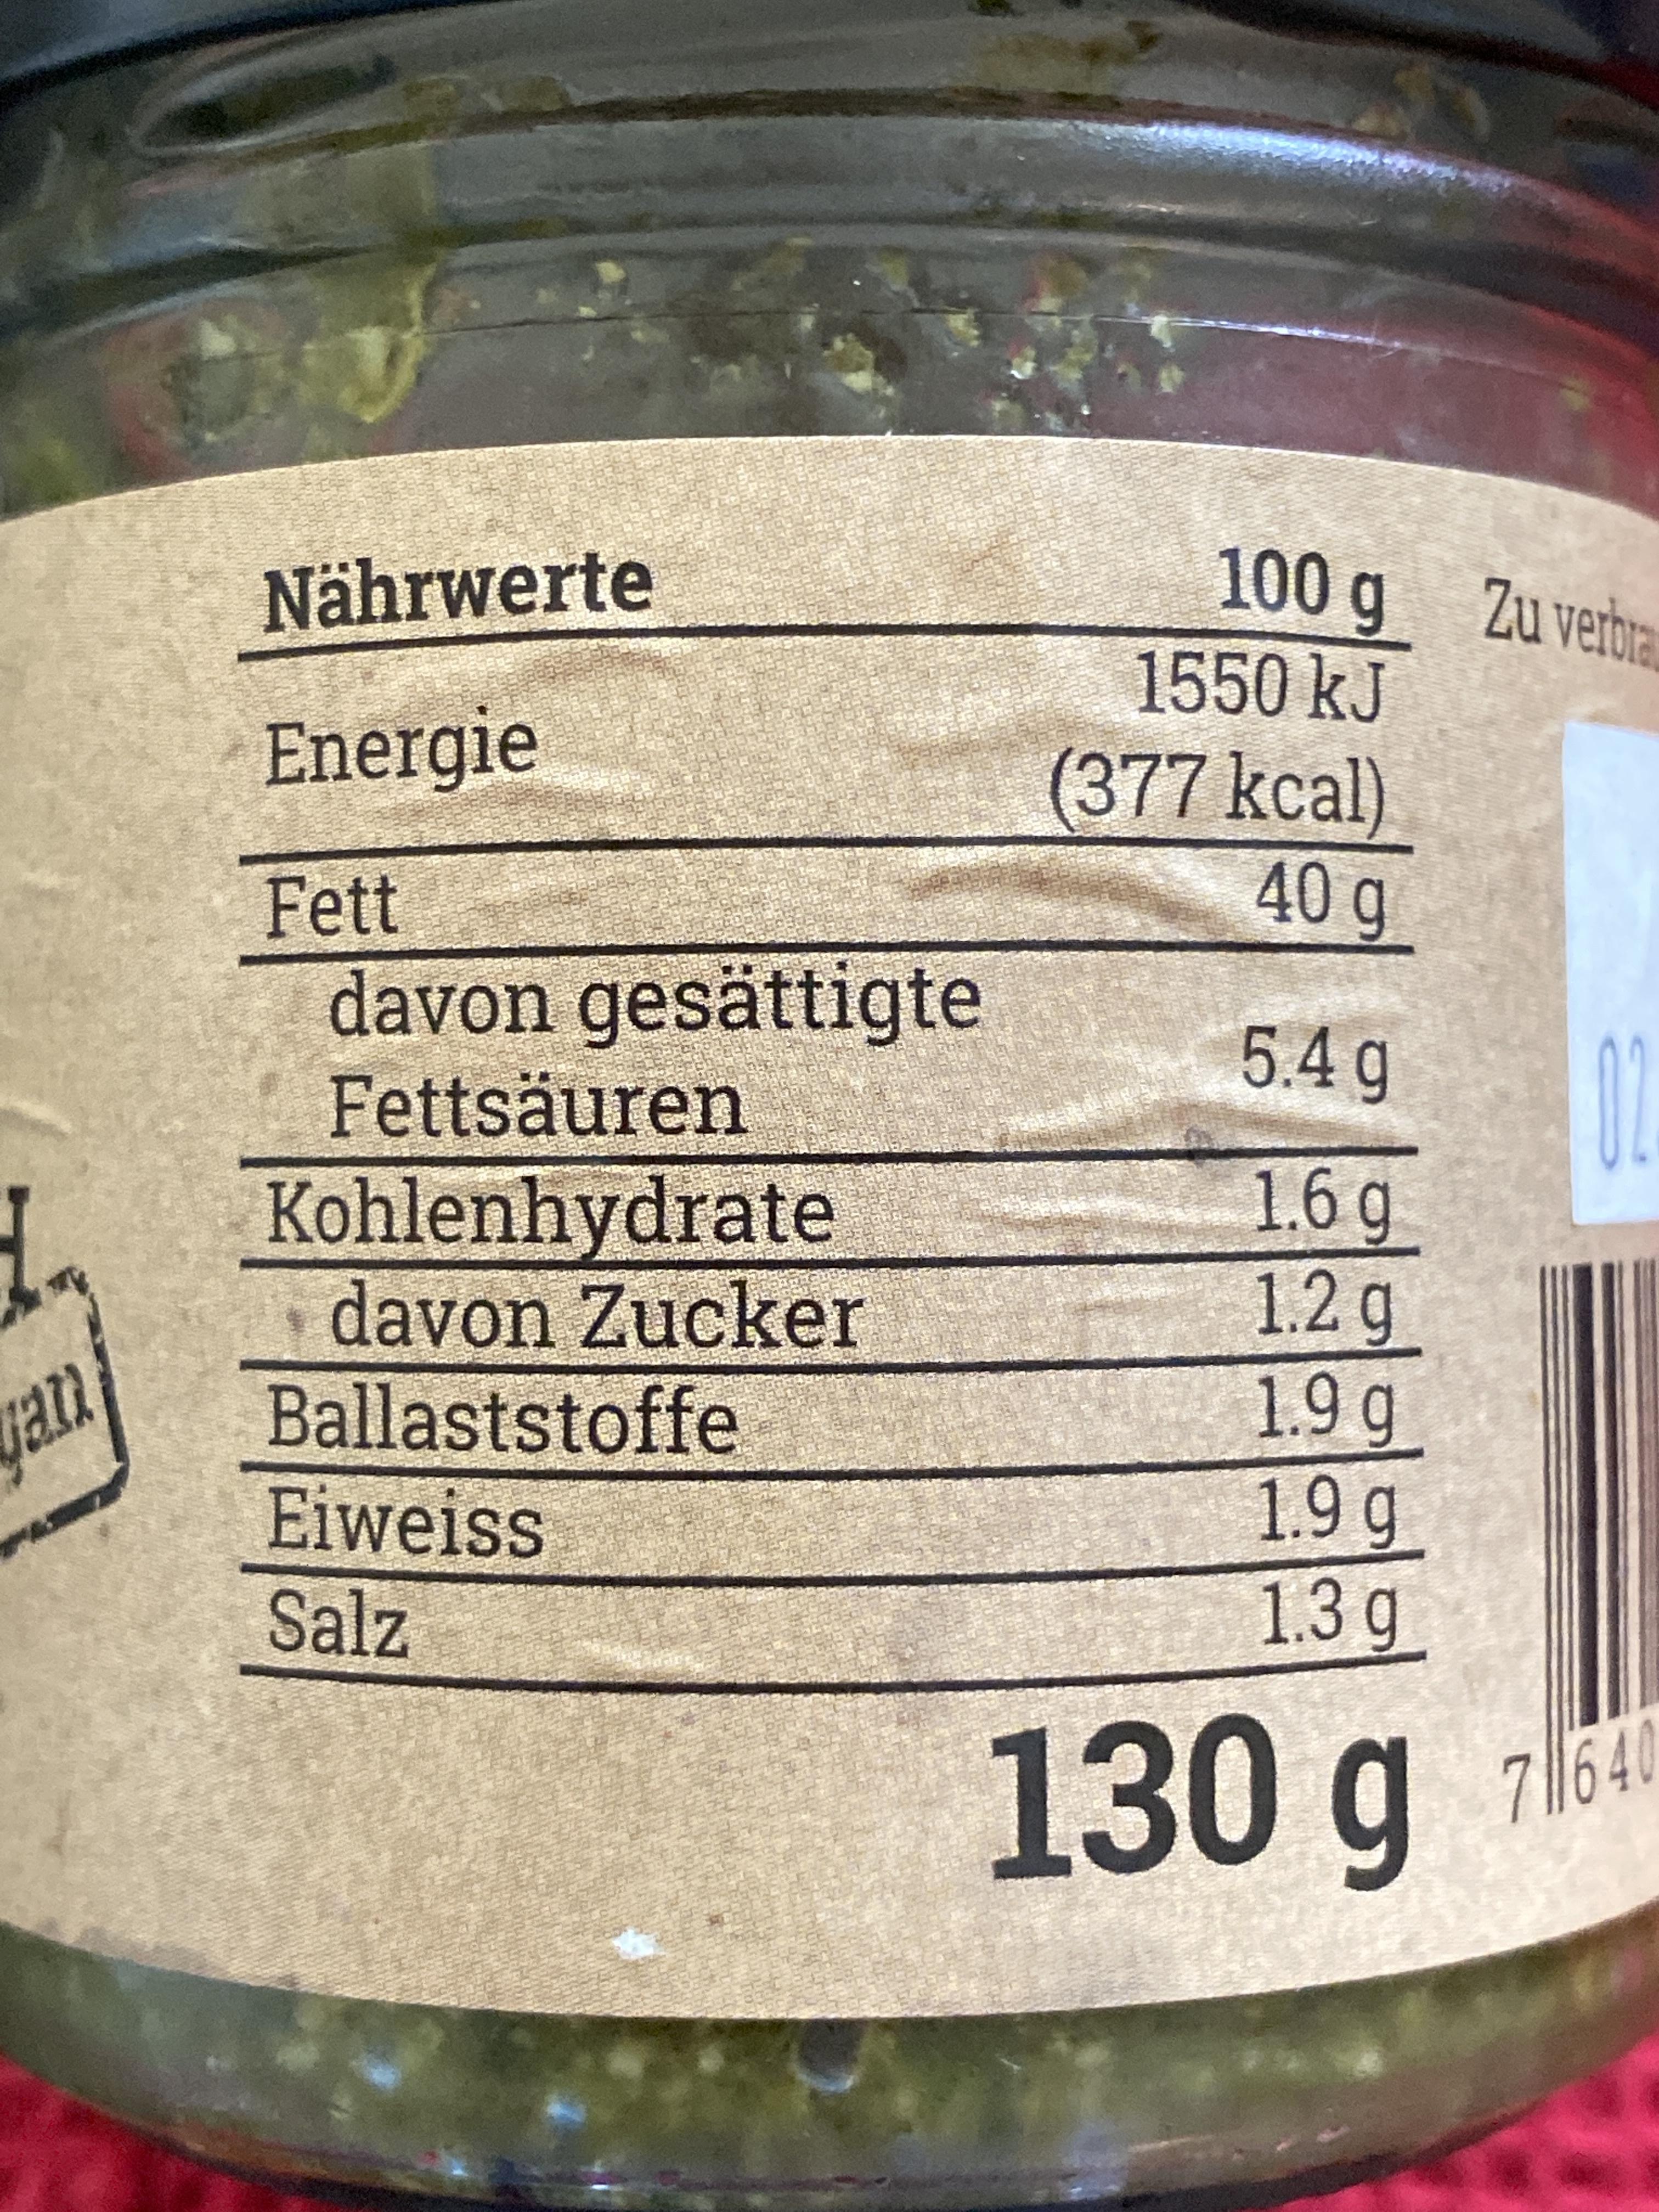
100 g Zu verbra 1550KJ (377kcal) 40g
Nährwerte
Energie
Fett davon gesättigte Fettsäuren
5.4 g
Kohlenhydrate davon Zucker Ballaststoffe Eiweiss
1.6 g 1.2 g
1.9 g 1.9 g 1.3g
an
Salz
130g
7640